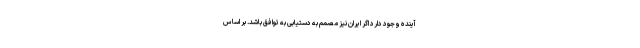
آینده وجود دارد اگر ایران نیز مصمم به دستیابی به توافق باشد. بر اساس